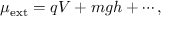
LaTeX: \mu _ { \mathrm { e x t } } = q V + m g h + \cdots ,